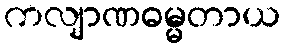
ကလျာဏဓမ္မတာယ